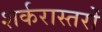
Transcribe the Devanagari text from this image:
शर्करास्तरों